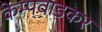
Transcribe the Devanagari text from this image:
केम्पवाडकर